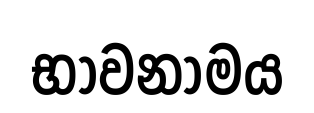
භාවනාමය